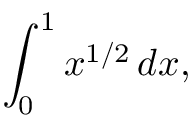
\int _ { 0 } ^ { 1 } x ^ { 1 / 2 } \, d x ,